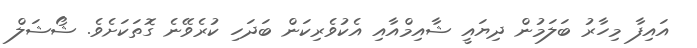
އައިފާ މިހާރު ބަލަމުން ދިޔައީ ޝާއިމްއާއި އެކުވެރިކަން ބަދަހި ކުރެވޭނެ ގޮތަކަށެވެ. ޝޯޝަލް